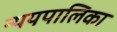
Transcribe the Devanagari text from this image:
न्ययपालिका